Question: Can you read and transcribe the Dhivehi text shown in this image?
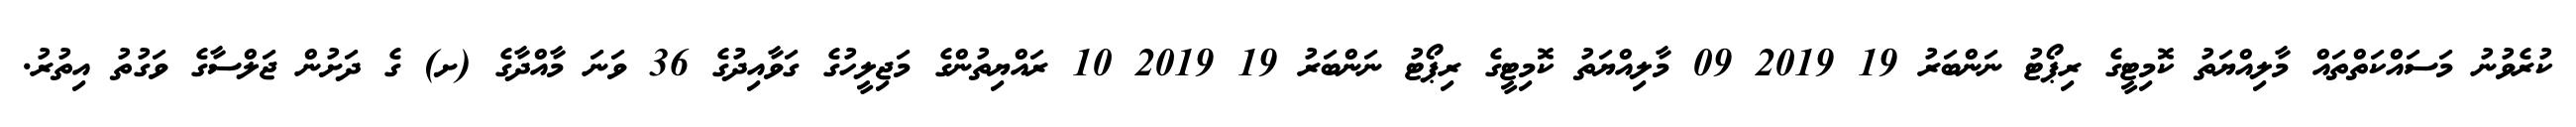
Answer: ކުރެވުނު މަސައްކަތްތައް މާލިއްޔަތު ކޮމިޓީގެ ރިޕޯޓު ނަންބަރު 19 2019 09 މާލިއްޔަތު ކޮމިޓީގެ ރިޕޯޓު ނަންބަރު 19 2019 10 ރައްޔިތުންގެ މަޖިލީހުގެ ގަވާއިދުގެ 36 ވަނަ މާއްދާގެ (ށ) ގެ ދަށުން ޖަލްސާގެ ވަގުތު އިތުރު.